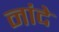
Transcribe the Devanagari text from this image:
नांदे